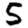
Digit: 5